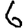
Digit: 6